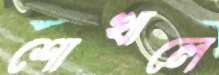
শোখালে